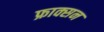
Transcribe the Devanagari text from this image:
फ्राक्सन